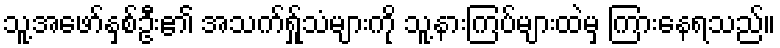
သူ့အဖော်နှစ်ဦး၏ အသက်ရ်ှုသံများကို သူ့နားကြပ်များထဲမှ ကြားနေရသည်။